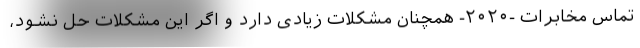
تماس مخابرات -۲۰۲۰- همچنان مشکلات زیادی دارد و اگر این مشکلات حل نشود،